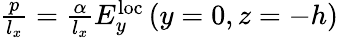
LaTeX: \begin{array}{r}{\frac{p}{l_{x}}=\frac{\alpha}{l_{x}}E_{y}^{\mathrm{loc}}\left(y=0,z=-h\right)}\end{array}